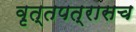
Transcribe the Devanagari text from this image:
वृत्तपत्रासच